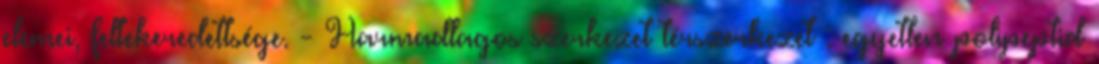
elemei, feltekeredettsége. - Harmadlagos szerkezet térszerkezet : egyetlen polipeptid